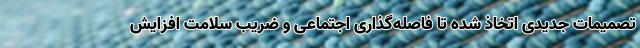
تصمیمات جدیدی اتخاذ شده تا فاصله‌گذاری اجتماعی و ضریب سلامت افزایش